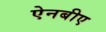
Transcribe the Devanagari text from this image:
ऐनबीए